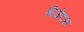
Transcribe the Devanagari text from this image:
गेजेटस